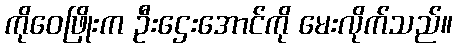
ကိုဝေဖြိုးက ဦးဌေးအောင်ကို မေးလိုက်သည်။